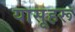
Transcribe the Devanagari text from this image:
यासूहरू